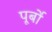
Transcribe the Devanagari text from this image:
पूर्बो